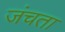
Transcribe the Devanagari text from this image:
जंचता